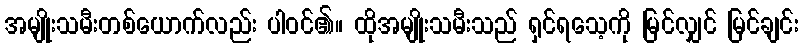
အမျိုးသမီးတစ်ယောက်လည်း ပါဝင်၏။ ထိုအမျိုးသမီးသည် ရှင်ရသေ့ကို မြင်လျှင် မြင်ချင်း